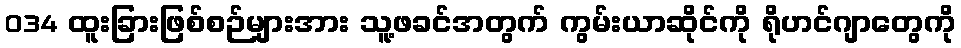
034 ထူးခြားဖြစ်စဉ်များအား သူ့ဖခင်အတွက် ကွမ်းယာဆိုင်ကို ရိုဟင်ဂျာတွေကို